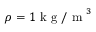
\rho = 1 \mathrm { ~ k ~ g ~ / ~ m ~ } ^ { 3 }